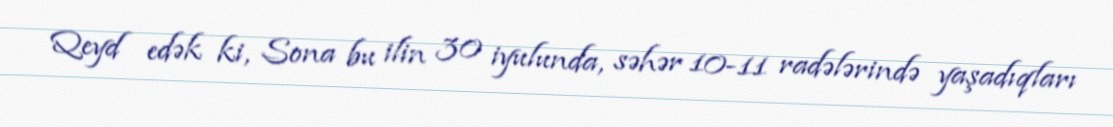
Qeyd edək ki, Sona bu ilin 30 iyulunda, səhər 10-11 radələrində yaşadıqları